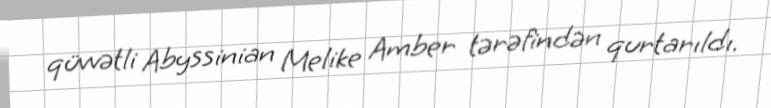
qüvvətli Abyssinian Melike Amber tərəfindən qurtarıldı.